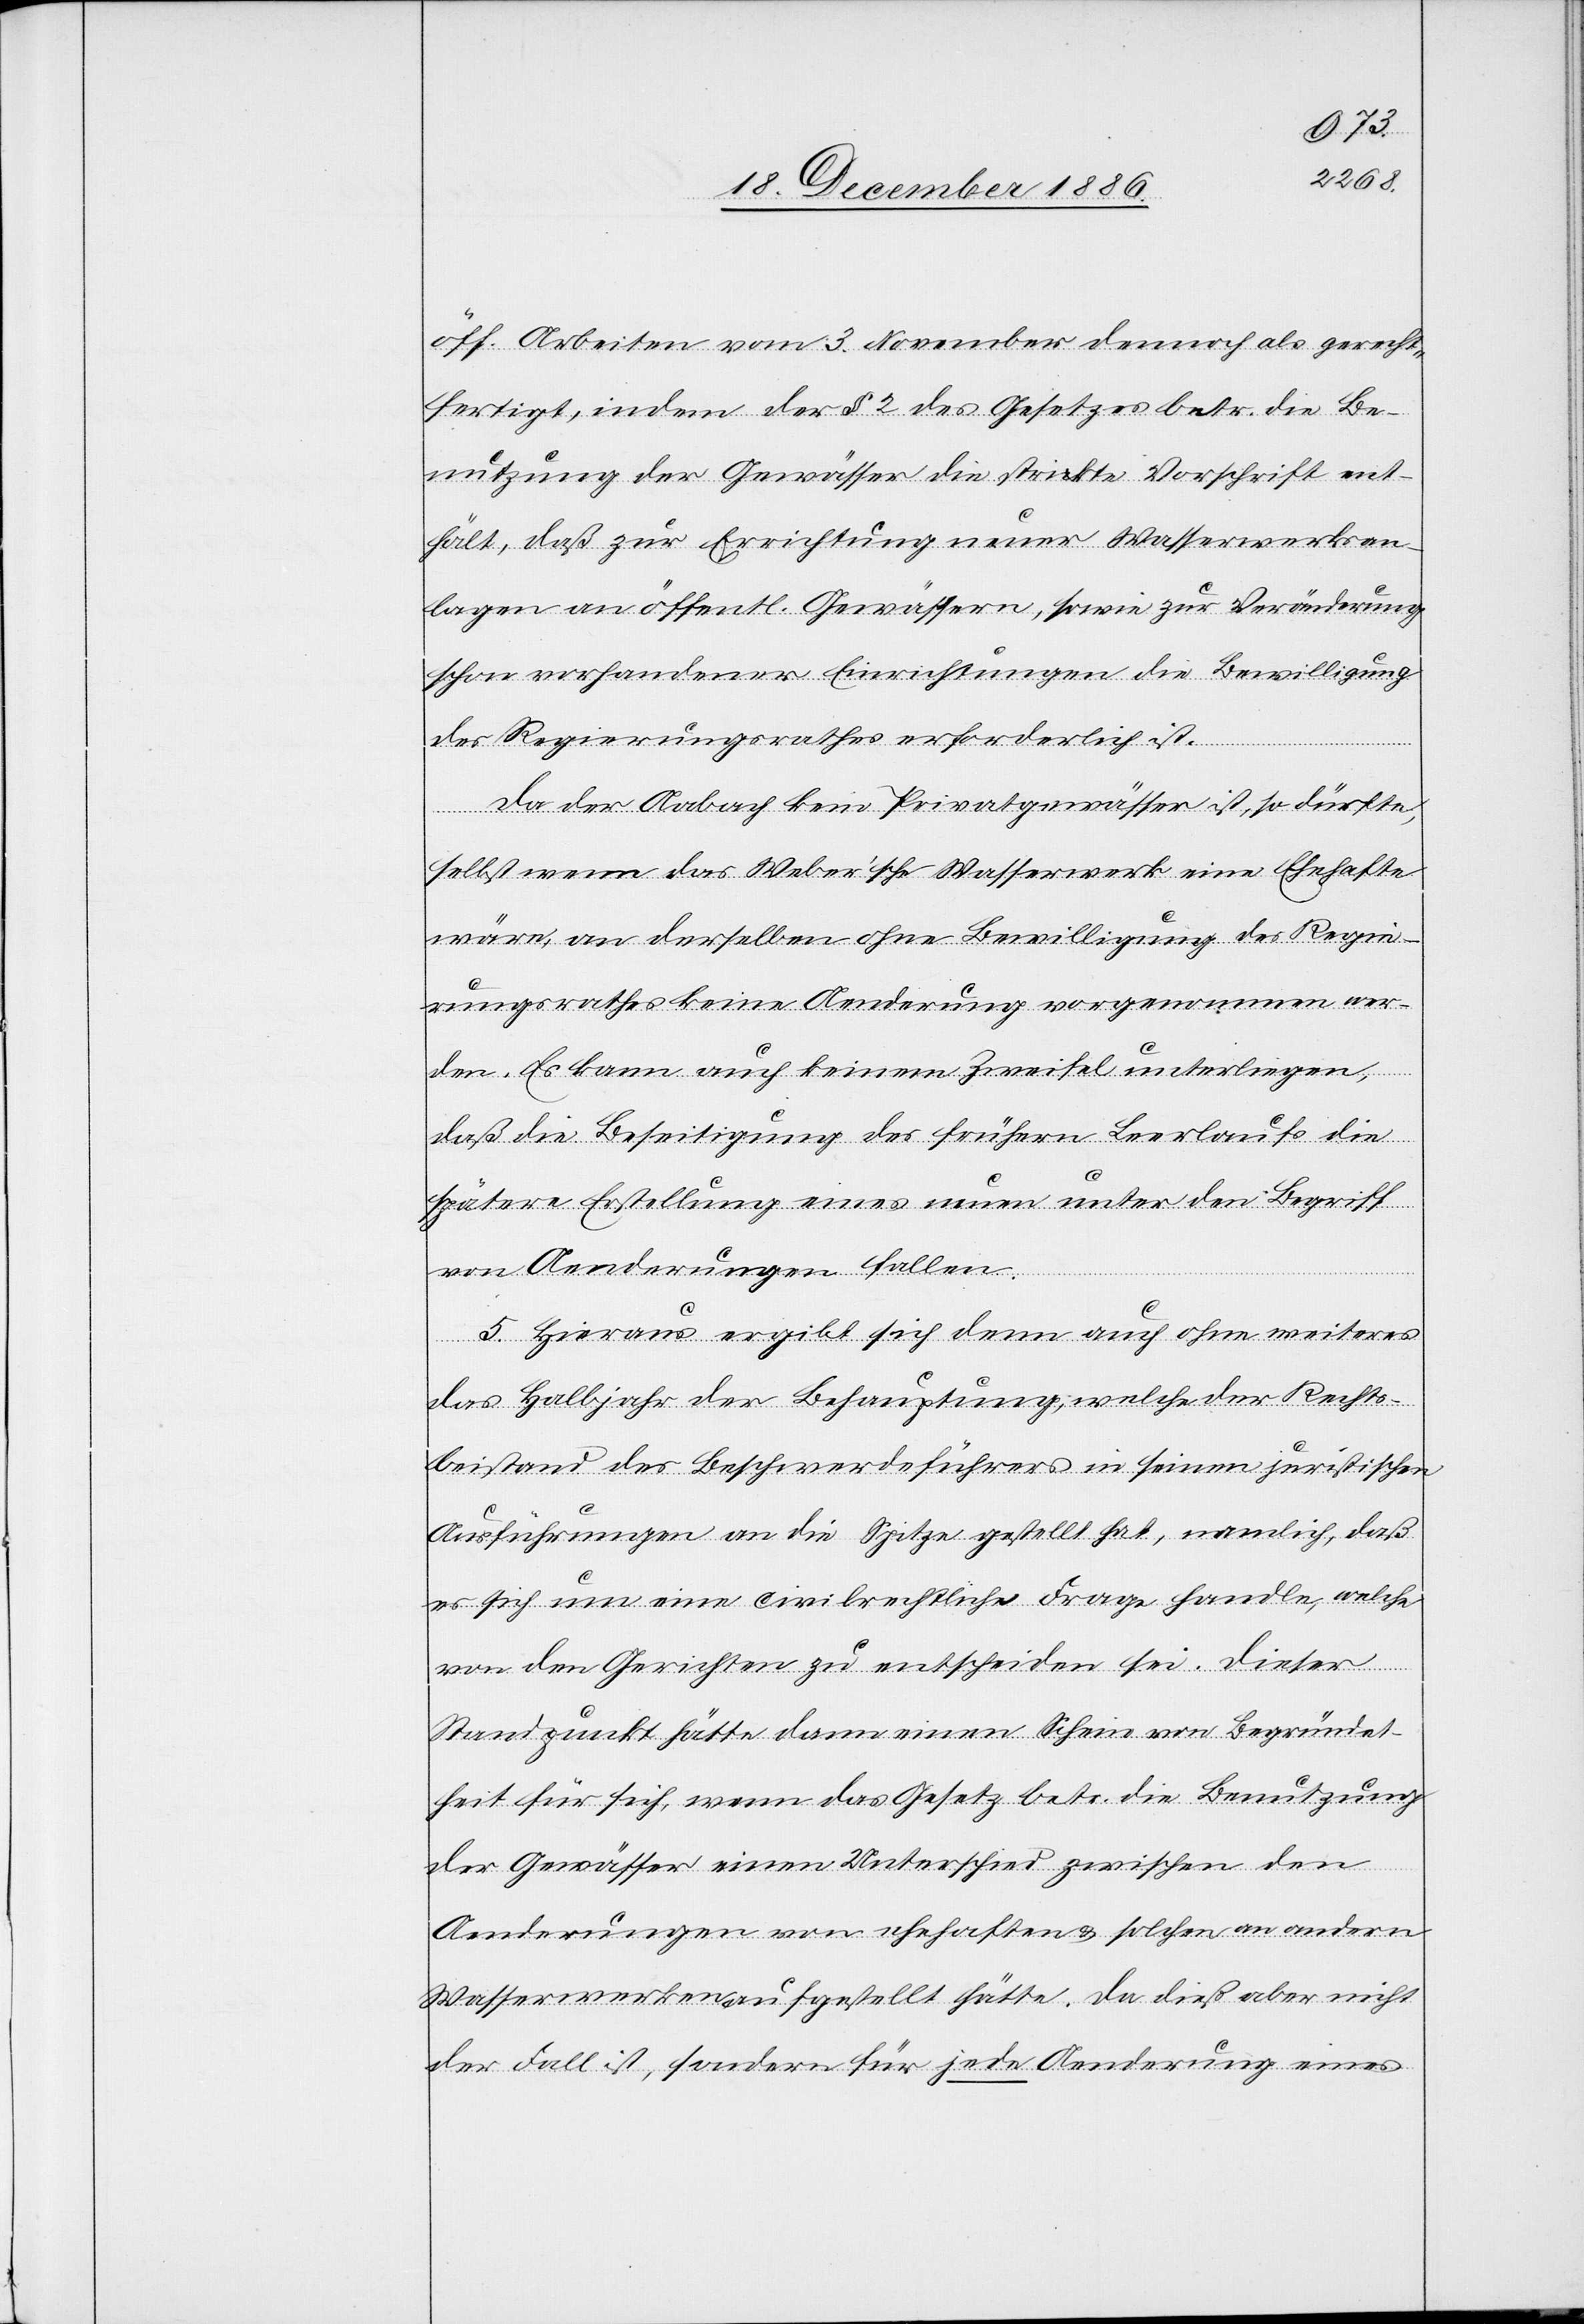
öff. Arbeiten vom 3. November dennoch als gerecht¬
fertigt, indem der § 2 des Gesetzes betr. die Be¬
nutzung der Gewässer die strikte Vorschrift ent¬
hält, daß zur Errichtung neuer Wasserwerksan¬
lagen an öffentl. Gewässern, sowie zur Veränderung
schon vorhandener Einrichtungen die Bewilligung
des Regierungsrathes erforderlich ist.
Da der Aabach kein Privatgewässer ist, so dürfte,
selbst wenn das Weber’sche Wasserwerk eine Ehehafte
wäre, an derselben ohne Bewilligung des Regie¬
rungsrathes keine Aenderung vorgenommen wer¬
den. Es kann auch keinem Zweifel unterliegen,
daß die Beseitigung des frühern Leerlaufs [&] die
spätere Erstellung eines neuen unter den Begriff
von Aenderungen fallen.
5. Hieraus ergibt sich denn auch ohne weiteres
das Halbjahr der Behauptung, welche der Rechts¬
beistand des Beschwerdeführers in seinen juristischen
Ausführungen an die Spitze gestellt hat, namlich
es sich um eine civilrechtliche Frage handle, welche
von den Gerichten zu entscheiden sei. Dieser
Standpunkt hätte dann einen Schein von Begründet¬
heit für sich, wenn das Gesetz betr. die Benutzung
der Gewässer einen Unterschied zwischen den
Aenderungen von ehehaften & solchen an andern
Wasserwerken aufgestellt hätte. Da dieß aber nicht
der Fall ist, sondern für jede Aenderung eines